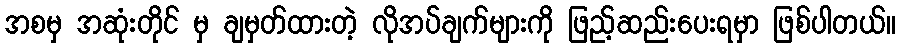
အစမှ အဆုံးတိုင် မှ ချမှတ်ထားတဲ့ လိုအပ်ချက်များကို ဖြည့်ဆည်းပေးရမှာ ဖြစ်ပါတယ်။